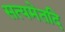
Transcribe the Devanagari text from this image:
सत्यमेतदि